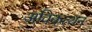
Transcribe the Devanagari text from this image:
अविकत्थन